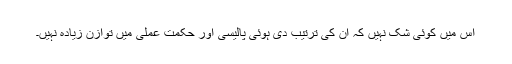
اس میں کوئی شک نہیں کہ ان کی ترتیب دی ہوئی پالیسی اور حکمت عملی میں توازن زیادہ نہیں۔